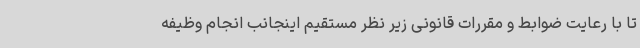
تا با رعایت ضوابط و مقررات قانونی زیر نظر مستقیم اینجانب انجام وظیفه